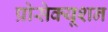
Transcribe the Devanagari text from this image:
प्रोसेक्यूशन